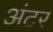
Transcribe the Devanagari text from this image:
अंटर